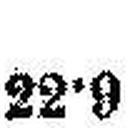
22•9